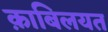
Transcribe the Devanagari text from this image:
क़ाबिलयत